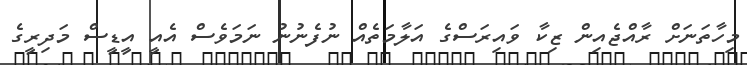
މިހާތަނަށް ރާއްޖެއިން ޒިކާ ވައިރަސްގެ އަލާމަތެއް ނުފެނުނު ނަމަވެސް އެއީ އީޑީސް މަދިރީގެ